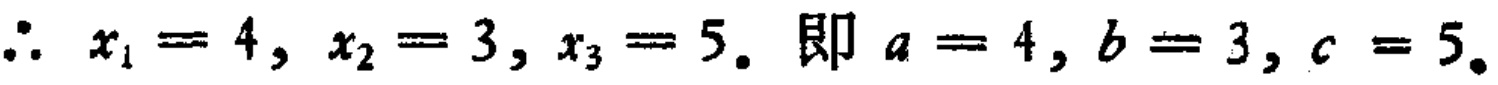
\(\therefore x_{1}=4, x_{2}=3, x_{3}=5.\ 即 a = 4, b = 3, c = 5.\)